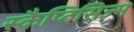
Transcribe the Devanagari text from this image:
स्कैप्टिसिज्म